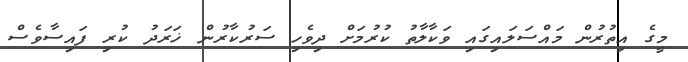
މީގެ އިތުރުން މައްސަލައިގައި ވަކާލާތު ކުރުމަށް ދިވެހި ސަރުކާރުން ޚަރަދު ކުރި ފައިސާވެސް